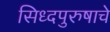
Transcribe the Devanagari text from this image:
सिध्दपुरुषाचे